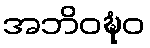
အဘိဝဍ္ဎံဝ